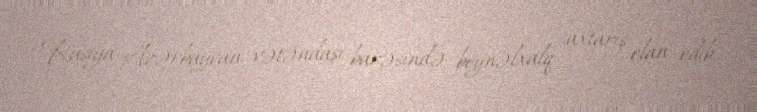
Rusiya Azərbaycan vətəndaşı barəsində beynəlxalq axtarış elan edib.